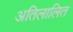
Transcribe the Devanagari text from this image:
अतिलालित